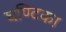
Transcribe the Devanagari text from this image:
घण्टिका